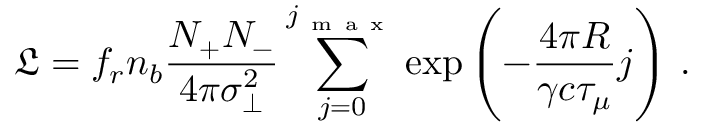
\mathfrak { L } = f _ { r } n _ { b } \frac { N _ { + } N _ { - } } { 4 \pi \sigma _ { \perp } ^ { 2 } } \sum _ { j = 0 } ^ { j _ { \mathrm { ~ m ~ a ~ x ~ } } } \exp \left( - \frac { 4 \pi R } { \gamma c \tau _ { \mu } } j \right) \, .